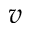
\boldsymbol { v }